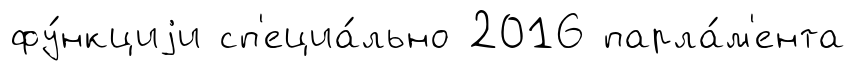
фу́нкциjи сп'ециа́льно 2016 парла́м'ента